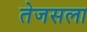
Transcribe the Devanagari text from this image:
तेजसला